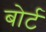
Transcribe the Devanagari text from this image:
बोर्ट